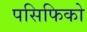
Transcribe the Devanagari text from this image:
पसिफिको